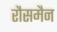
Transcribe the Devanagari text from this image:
रौसमैन